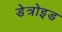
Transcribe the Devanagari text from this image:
डेत्रोइड